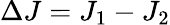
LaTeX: \Delta J=J_{1}-J_{2}